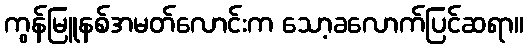
ကွန်မြူနစ်အမတ်လောင်းက သော့ခလောက်ပြင်ဆရာ။